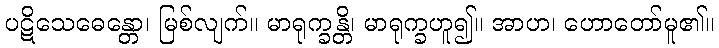
ပဋိသေဓေန္တော၊ မြစ်လျက်။ မာရုက္ခန္တိ၊ မာရုက္ခဟူ၍။ အာဟ၊ ဟောတော်မူ၏။